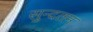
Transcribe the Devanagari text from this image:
सुन्दतम